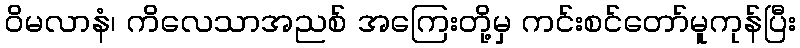
ဝိမလာနံ၊ ကိလေသာအညစ် အကြေးတို့မှ ကင်းစင်တော်မူကုန်ပြီး